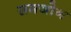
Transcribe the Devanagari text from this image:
समजोन